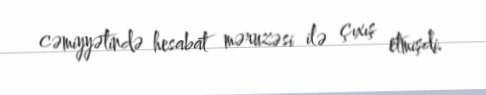
cəmiyyətində hesabat məruzəsi ilə çıxış etmişdi.